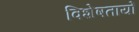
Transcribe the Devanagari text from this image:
विशेषतायों